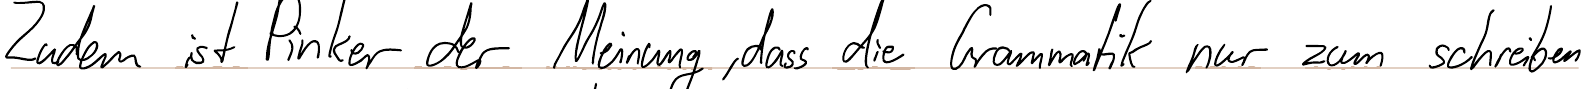
Zudem ist Pinker der Meinung, dass die Grammatik nur zum schreiben